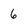
Character: 6